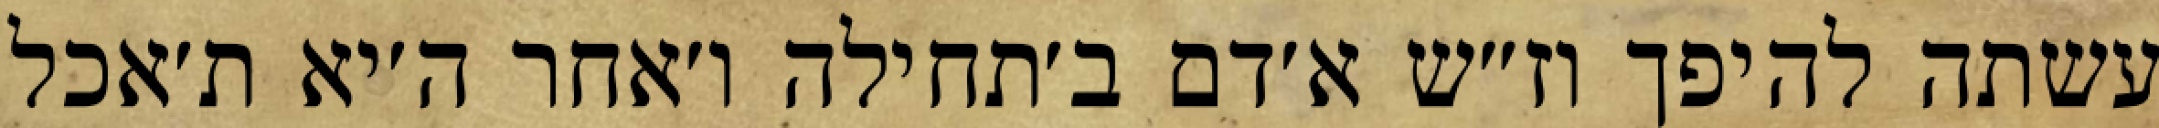
עשתה להיפך וז״ש א׳דם ב׳תחילה ו׳אחר ה׳יא ת׳אכל